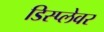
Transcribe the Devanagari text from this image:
डिस्प्लेवर